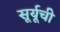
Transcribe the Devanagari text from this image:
सूर्यूची